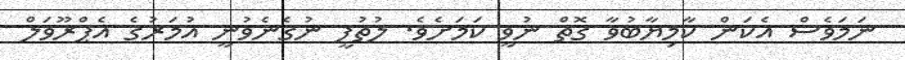
ނަމަވެސް އެކަން ކާމިޔާބުވާ ގޮތް ނުވީ ކަމަށެވެ. ލުތުފީ ނުގެނެވުނީ އުމަރުގެ އެޕްރޫވަލް